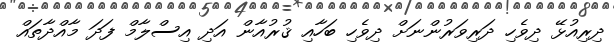
ދިރިއުޅޭ ދިވެހި ދަރިވަރުންނަށް ދިވެހި ބަހާއި ޤުރުއާން އަދި އިސްލާމް ފަދަ މާއްދާތައް